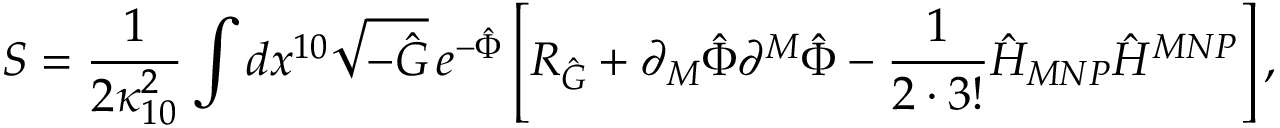
S = { \frac { 1 } { 2 \kappa _ { 1 0 } ^ { 2 } } } \int d x ^ { 1 0 } \sqrt { - \hat { G } } \, e ^ { - \hat { \Phi } } \left[ { \cal R } _ { \hat { G } } + \partial _ { M } \hat { \Phi } \partial ^ { M } \hat { \Phi } - { \frac { 1 } { 2 \cdot 3 ! } } \hat { H } _ { M N P } \hat { H } ^ { M N P } \right] ,